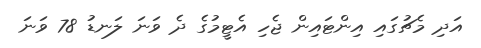
އަދި މެޗުގައި އިންޓައިން ޖެހި އެޓީމުގެ ދެ ވަނަ ލަނޑު 78 ވަނަ